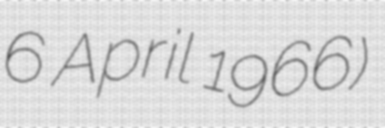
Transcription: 6 April 1966)